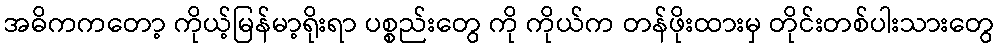
အဓိကကတော့ ကိုယ့်မြန်မာ့ရိုးရာ ပစ္စည်းတွေ ကို ကိုယ်က တန်ဖိုးထားမှ တိုင်းတစ်ပါးသားတွေ